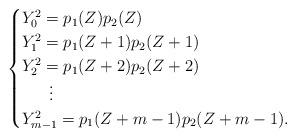
LaTeX: \begin{align*}\begin{cases}Y_0^2=p_1(Z)p_2(Z) \\Y_1^2=p_1(Z+1)p_2(Z+1) \\Y_2^2=p_1(Z+2)p_2(Z+2) \\\ \ \ \ \ \vdots & \\Y_{m-1}^2=p_1(Z+m-1)p_2(Z+m-1). \end{cases}\end{align*}